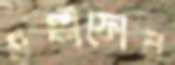
সঙ্গীফোন